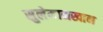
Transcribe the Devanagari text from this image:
सुलेमानखान